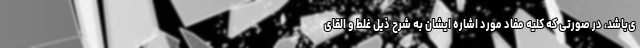
ی‌باشد، در صورتی که کلّیه مفاد مورد اشاره ایشان به شرح ذیل غلط و القای